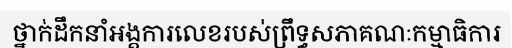
ថ្នាក់ដឹកនាំអង្គការលេខរបស់ព្រឹទ្ធសភាគណៈកម្មាធិការ